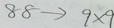
8 8 \rightarrow 9 \times 9